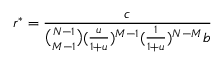
r ^ { * } = \frac { c } { \binom { N - 1 } { M - 1 } ( \frac { u } { 1 + u } ) ^ { M - 1 } ( \frac { 1 } { 1 + u } ) ^ { N - M } b }